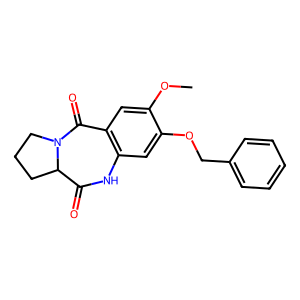
SMILES: COc1cc2c(cc1OCc1ccccc1)NC(=O)C1CCCN1C2=O
Inhibits HIV replication: No